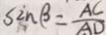
\sin \beta = \frac { A C } { A D }